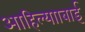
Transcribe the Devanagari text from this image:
आहिल्यााबाई